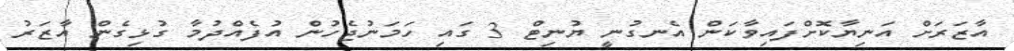
އާޒަރަށް އަނިޔާކޮށްފައިވާކަން އެނގުނީ ޔުނިޓް 3 ގައި ހަމަނުޖެހުން އުފެއްދުމާ ގުޅިގެން އާޒަރު